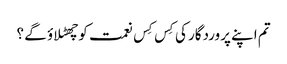
تم اپنے پروردگار کی کِس کِس نعمت کو چھٹلا ؤ گے ؟